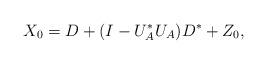
LaTeX: \begin{align*}X_0=D+(I-U_A^*U_A)D^*+Z_0,\end{align*}